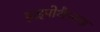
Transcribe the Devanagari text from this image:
हाइपोथैल्मस